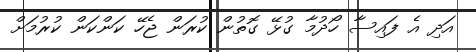
އަދި އެ ފައިސާ ހޯދުމާ ގުޅޭ ގޮތުން ކުރަން ޖެހޭ ކަންކަން ކުރުމަށް